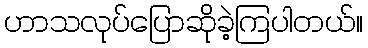
ဟာသလုပ်ပြောဆိုခဲ့ကြပါတယ်။